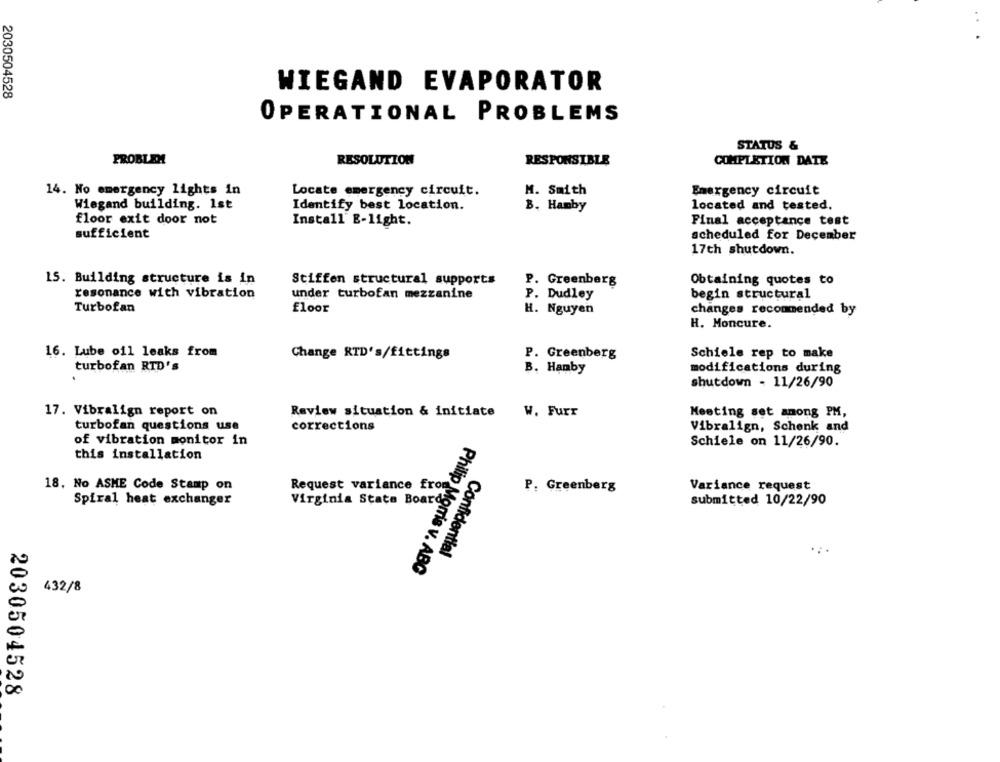
WIEGAND EVAPORATOR
2030504528
OPERATIONAL PROBLEMS
STATUS &
PROBLEM
RESOLUTION
RESPONSIBLE
COMPLETION DATE
M. Smith
14. No emergency lights in
Locate emergency circuit.
Emergency circuit
Wiegand building. 1st
Identify best location.
B. Hanby
located and tested.
floor exit door not
Install E-light.
Final acceptance test
sufficient
scheduled for December
17th shutdown.
15. Building structure is in
Stiffen structural supports
P. Greenberg
Obtaining quotes to
resonance with vibration
under turbofan mezzanine
P. Dudley
begin structural
Turbofan
floor
H. Nguyen
changes recommended by
H. Moncure.
16. Lube oil leaks from
Change RTD's/fittings
P. Greenberg
Schiele rep to make
turbofan RTD's
B. Hanby
modifications during
shutdown - 11/26/90
17. Vibralign report on
Review situation & initiate
W. Furr
Meeting set among PM,
turbofan questions use
corrections
Vibralign, Schenk and
of vibration monitor in
Schiele on 11/26/90.
this installation
18. No ASME Code Stamp on
Request variance from
P. Greenberg
Variance request
Spiral heat exchanger
Virginia Stata Board
submitted 10/22/90
Confidential
Philip Morris v. ABC
432/8
er
00
2030504528